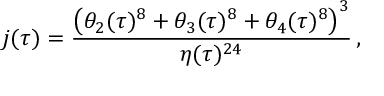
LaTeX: j ( \tau ) = \frac { \left( \theta _ { 2 } ( \tau ) ^ { 8 } + \theta _ { 3 } ( \tau ) ^ { 8 } + \theta _ { 4 } ( \tau ) ^ { 8 } \right) ^ { 3 } } { \eta ( \tau ) ^ { 2 4 } } \, ,